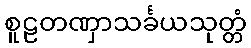
စူဠတဏှာသင်္ခယသုတ္တံ